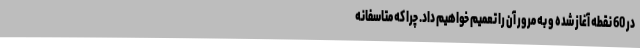
در 60 نقطه آغاز شده و به مرور آن را تعمیم خواهیم داد. چرا که متاسفانه